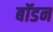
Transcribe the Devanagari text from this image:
बॉडन